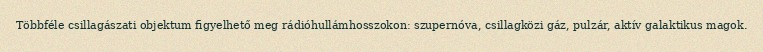
Többféle csillagászati objektum figyelhető meg rádióhullámhosszokon: szupernóva, csillagközi gáz, pulzár, aktív galaktikus magok.